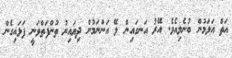
އަތް އަޅަމުން ބުނެލިއެވެ. އޭރު އަނގައިން ލޭ އަންނަމުން ދިޔައިރު ތުންފަތްވަނީ ފަޅައިގެން